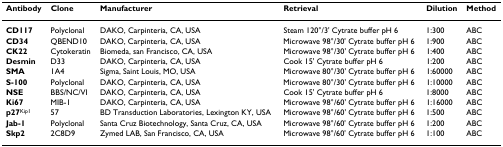
| Antibody | Clone | Manufacturer | Retrieval | Dilution | Method |
 | --- | --- | --- | --- | --- | --- |
 | CD117 | Polyclonal | DAKO, Carpinteria, CA, USA | Steam 120°/3' Cytrate buffer pH 6 | 1:300 | ABC |
 | CD34 | QBEND10 | DAKO, Carpinteria, CA, USA | Microwave 98°/30' Cytrate buffer pH 6 | 1:900 | ABC |
 | CK22 | Cytokeratin | Biomeda, san Francisco, CA, USA | Microwave 98°/30' Cytrate buffer pH 6 | 1:400 | ABC |
 | Desmin | D33 | DAKO, Carpinteria, CA, USA | Cook 15' Cytrate buffer pH 6 | 1:200 | ABC |
 | SMA | 1A4 | Sigma, Saint Louis, MO, USA | Microwave 80°/30' Cytrate buffer pH 6 | 1:60000 | ABC |
 | S-100 | Polyclonal | DAKO, Carpinteria, CA, USA | Microwave 80°/30' Cytrate buffer pH 6 | 1:10000 | ABC |
 | NSE | BBS/NC/VI | DAKO, Carpinteria, CA, USA | Cook 15' Cytrate buffer pH 6 | 1:8000 | ABC |
 | Ki67 | MIB-1 | DAKO, Carpinteria, CA, USA | Microwave 98°/60' Cytrate buffer pH 6 | 1:16000 | ABC |
 | p27Kip1 | 57 | BD Transduction Laboratories, Lexington KY, USA | Microwave 98°/60' Cytrate buffer pH 6 | 1:500 | ABC |
 | Jab-1 | Polyclonal | Santa Cruz Biotechnology, Santa Cruz, CA, USA | Microwave 98°/60' Cytrate buffer pH 6 | 1:200 | ABC |
 | Skp2 | 2C8D9 | Zymed LAB, San Francisco, CA, USA | Microwave 98°/60' Cytrate buffer pH 6 | 1:100 | ABC |